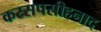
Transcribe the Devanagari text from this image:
कस्सपसीहनाद